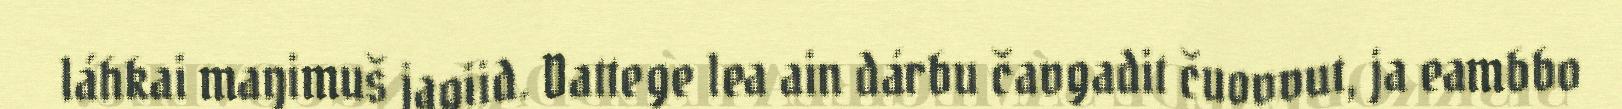
láhkai maŋimuš jagiid. Dattege lea ain dárbu čavgadit čuovvut, ja eambbo